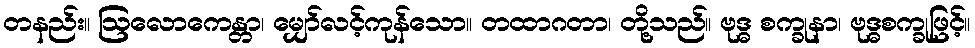
တနည်း။ ဩလောကေန္တာ၊ မျှော်လင့်ကုန်သော။ တထာဂတာ၊ တို့သည်။ ဗုဒ္ဓ စက္ခုနာ၊ ဗုဒ္ဓစက္ခုဖြင့်။